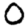
Digit: 0